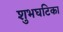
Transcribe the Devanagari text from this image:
शुभघटिका